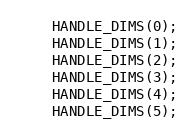
Language: C++
    HANDLE_DIMS(0);
    HANDLE_DIMS(1);
    HANDLE_DIMS(2);
    HANDLE_DIMS(3);
    HANDLE_DIMS(4);
    HANDLE_DIMS(5);